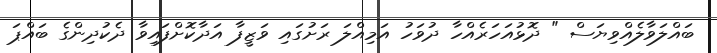
ބައްލަވާލެއްވިޔަސް " ދޮޅުއަހަރެއްހާ ދުވަހު އަމިއްލަ ރަށުގައި ވަޒީފާ އަދާކޮށްފައިވާ ދެކުދިންގެ ބައްޕަ